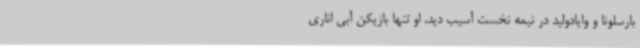
بارسلونا و وایادولید در نیمه نخست آسیب دید. او تنها بازیکن آبی اناری